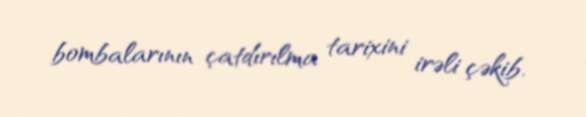
bombalarının çatdırılma tarixini irəli çəkib.